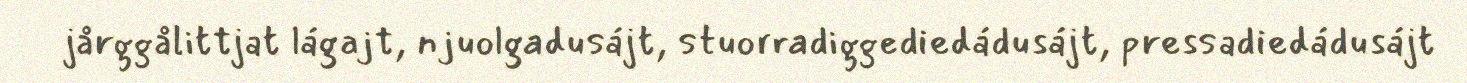
jårggålittjat lágajt, njuolgadusájt, stuorradiggediedádusájt, pressadiedádusájt